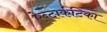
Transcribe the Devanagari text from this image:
ऐन्टार्कटिका